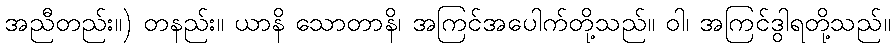
အညီတည်း။) တနည်း။ ယာနိ သောတာနိ၊ အကြင်အပေါက်တို့သည်။ ဝါ၊ အကြင်ဒွါရတို့သည်။